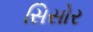
સિસોર